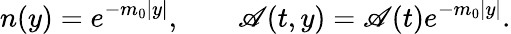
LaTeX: n(y)=e^{-m_{0}|y|},\ \ \ \ \ \ \ \ \mathscr{A}(t,y)=\mathscr{A}(t)e^{-m_{0}|y|}.